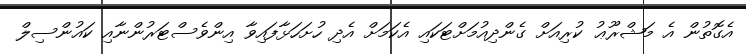
އެގޮތުން އެ މަޝްރޫޢު ކުރިއަށް ގެންދިއުމަށްޓަކައި އެކަމަށް އެދި ހުށަހަޅާފައިވާ އިންވެސްޓަރުންނާއި ކައުންސިލް